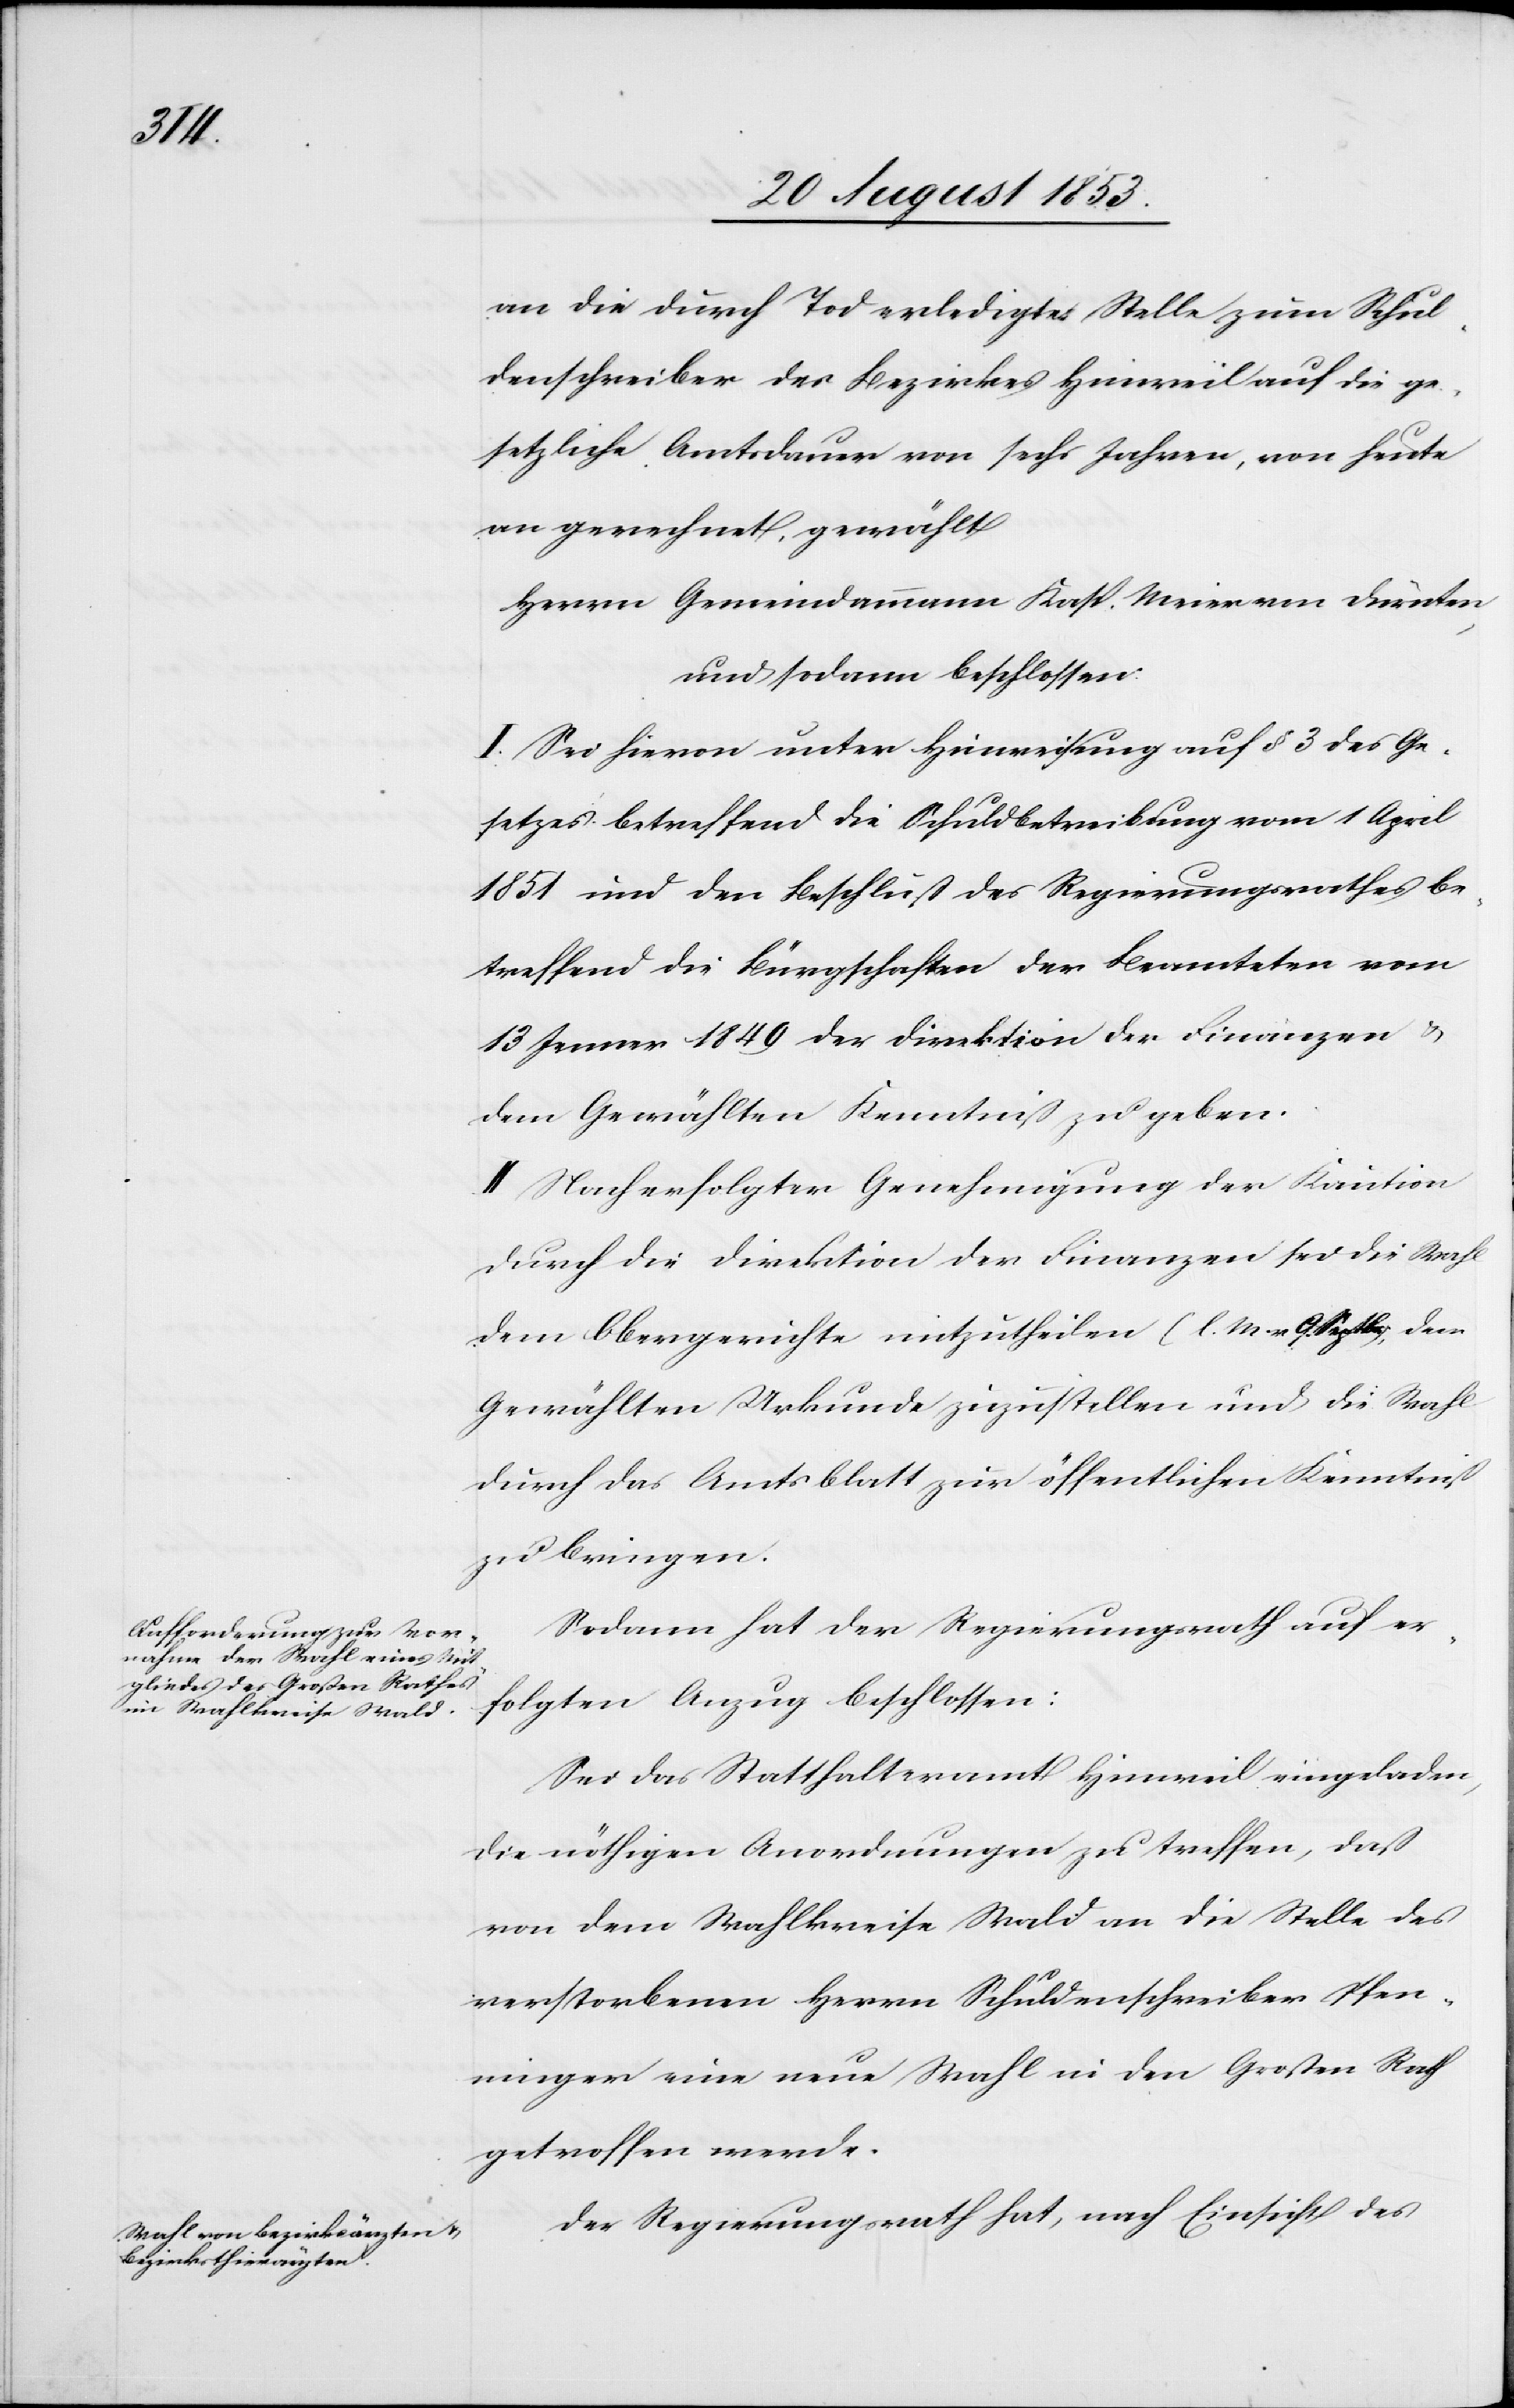
an die durch Tod erledigte Stelle zum Schul¬
denschreiber des Bezirkes Hinweil auf die ge¬
setzliche Amtsdauer von sechs Jahren, von heute
an gerechnet, gewählt
Herrn Gemeindammann Kasp. Meier von Dürnten,
und sodann beschlossen:
I. Sei hievon unter Hinweisung auf § 3 des Ge¬
setzes betreffend die Schuldbetreibung vom 1 April
1851 und den Beschluß des Regierungsrathes be¬
treffend die Bürschaften der Beamteten vom
13 Jenner 1849 der Direktion der Finanzen u.
dem Gewählten Kenntniß zu geben.
II. Nach erfolgter Genehmigung der Kaution
durch die Direktion der Finanzen sei die Wahl
dem Obergerichte mitzutheilen (l. M. v. 9 Septbr), dem
Gewählten Urkunde zuzustellen und die Wahl
durch das Amtsblatt zur öffentlichen Kenntniß
zu bringen.
Sodann hat der Regierungsrath auf er¬
folgten Anzug beschlossen:
Sei das Statthalteramt Hinweil eingeladen,
die nöthigen Anordnungen zu treffen, daß
von dem Wahlkreise Wald an die Stelle des
verstorbenen Herrn Schuldschreiber Pfen¬
ninger eine neue Wahl in den Großen Rath
getroffen werde.
Der Regierungsrath hat, nach Einsicht des